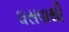
ઘસવાથી